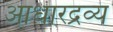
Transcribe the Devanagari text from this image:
आधारद्रव्य